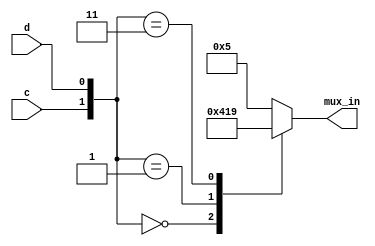
module top_module (
    input c,
    input d,
    output [3:0] mux_in
);
    
    always @(*) begin
        case({c,d})
            2'b0:
                mux_in = 4'b0100;
            2'b1:
                mux_in = 4'b0001;
            2'b11:
                mux_in = 4'b1001;
            default:
                mux_in = 4'b0101;
        endcase
    end
endmodule